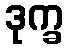
ဒုက္ခ